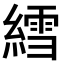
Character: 𫃽